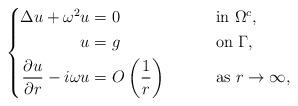
LaTeX: \begin{align*}\left\{\begin{aligned}\Delta u + \omega^2 u =&\ 0\qquad&&\mbox{ in } \Omega^c,\\ u =&\ g\qquad&&\mbox{ on } \Gamma,\\\frac{\partial u}{\partial r} - i\omega u =&\ O \left( \frac{1}{r} \right)\qquad&&\mbox{ as } r\to\infty,\end{aligned}\right.\end{align*}